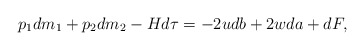
\begin{align*}p_{1}dm_{1}+p_{2}dm_{2}-Hd\tau=-2udb+2wda+dF,\end{align*}